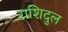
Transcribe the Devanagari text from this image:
राशिदुल